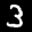
Label: 3